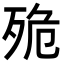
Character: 𣧼